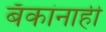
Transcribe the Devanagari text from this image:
बँकांनाही